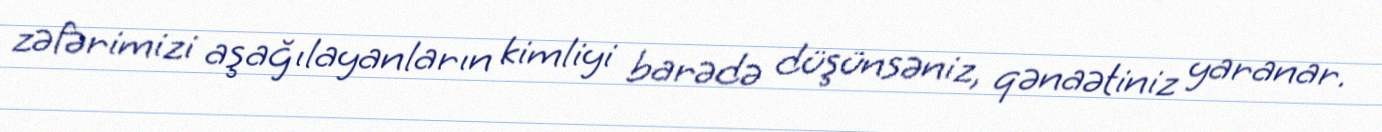
zəfərimizi aşağılayanların kimliyi barədə düşünsəniz, qənaətiniz yaranar.